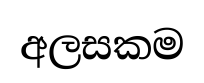
අලසකම